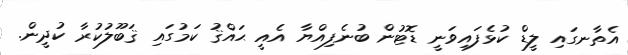
އެތާނގައި ލީޑް ކުޅެފައިވަނީ ޑޮޓުން ބުނެފިއްޔާ އެއީ ޙައްޤު ކަމުގައި ޤަބޫލުކުރާ ކުދީން.